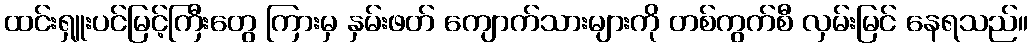
ထင်းရှူးပင်မြင့်ကြီးတွေ ကြားမှ နှမ်းဖတ် ကျောက်သားများကို တစ်ကွက်စီ လှမ်းမြင် နေရသည်။